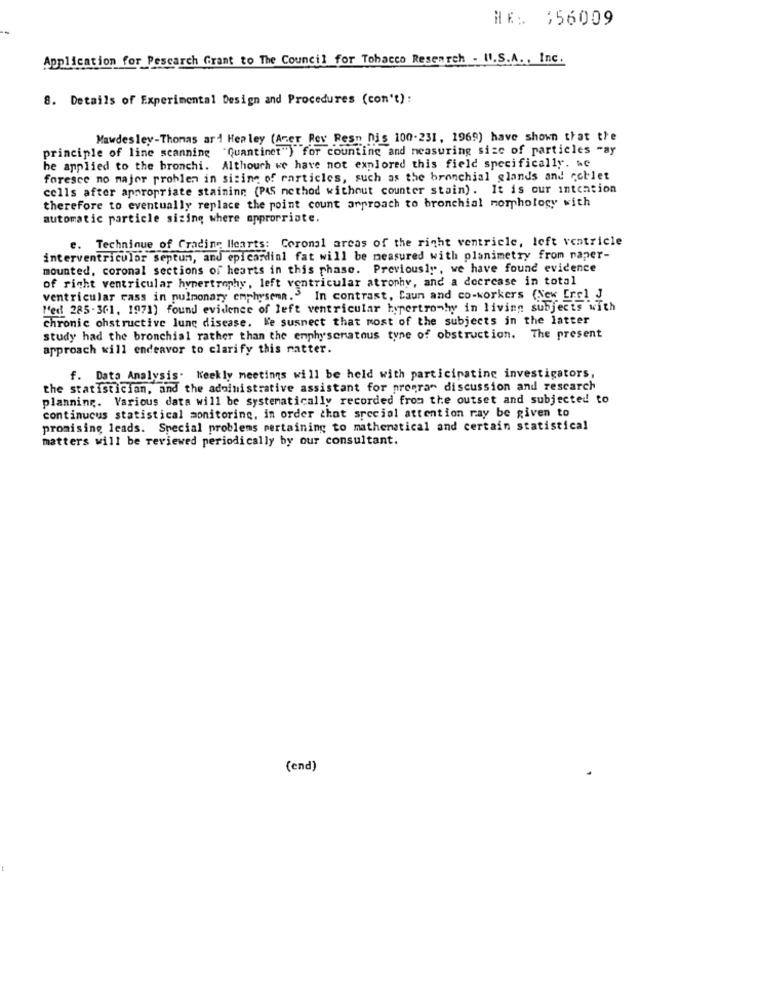
HE: 156009
Application for Pescarch Grant to The Council for Tobacco Research - Il.S.A ., Inc.
8. Details of Experimental Design and Procedures (con't):
Mawdesley-Thomas ari Healey (Aner Rev Resn nis 100.231, 1969) have shown that the
principle of line scanning "Quantinet") for counting and measuring size of particles -ay
be applied to the bronchi. Although we have not explored this field specifically. we
foresce no major problem in sizing of rarticles, such as the bronchial glands and coblet
cells after appropriate staining (PAS nethod without counter stain). It is our intention
therefore to eventually replace the point count approach to bronchial morphology with
automatic particle sizing where appropriate.
e. Technique of Grading Hearts: Coronal areas of the right ventricle, left ventricle
interventricular septum, and epicardial fat will be measured with planimetry from naper-
mounted, coronal sections of hearts in this phase. Previously, we have found evidence
of right ventricular hypertrophy, left ventricular atrophy, and a decrease in total
ventricular rass in pulmonary emphysema. In contrast, Caun and co-workers (New [rcl J
"'ed 285-361, 1971) found evidence of left ventricular hypertro-hwy in living subjects with
chronic ohstructive lung disease. We suspect that most of the subjects in the latter
study had the bronchial rather than the emphysematous type of obstruction. The present
approach will endeavor to clarify this matter.
f. Data Analysis. Weekly meetings will be held with participating investigators,
the statistician, and the adoinistrative assistant for program discussion and research
planning. Various data will be systematically recorded from the outset and subjected to
continuous statistical monitoring, in order that special attention ray be given to
promising leads. Special problems pertaining to mathematical and certain statistical
matters will be reviewed periodically by our consultant.
(end)